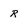
Character: R